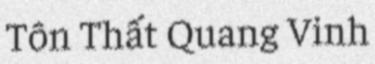
Tôn Thất Quang Vinh